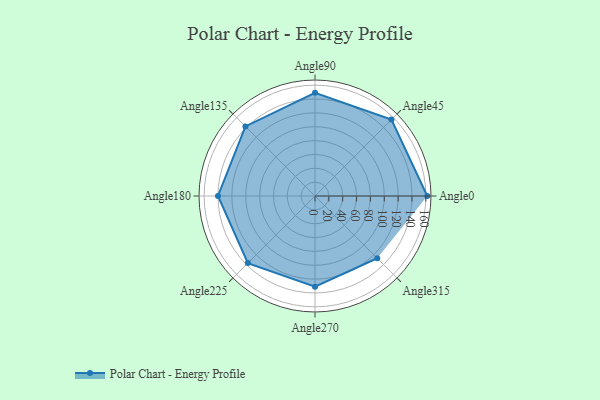
{"axis": {"x": "Angle", "y": "Radius"}, "legend": [""], "data": [{"x": "Angle0", "y": 162.0, "type": ""}, {"x": "Angle45", "y": 156.0, "type": ""}, {"x": "Angle90", "y": 149.0, "type": ""}, {"x": "Angle135", "y": 142.0, "type": ""}, {"x": "Angle180", "y": 140.0, "type": ""}, {"x": "Angle225", "y": 137.0, "type": ""}, {"x": "Angle270", "y": 131.0, "type": ""}, {"x": "Angle315", "y": 127.0, "type": ""}]}